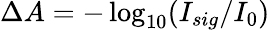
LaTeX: \Delta A=-\log_{10}(I_{sig}/I_{0})